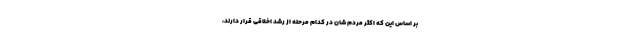
بر اساس این که اکثر مردم شان در کدام مرحله از رشد اخلاقی قرار دارند،